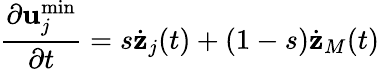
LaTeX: \frac{\partial{\mathbf u}_{j}^{\operatorname*{min}}}{\partial t}=s\dot{{\mathbf z}}_{j}(t)+(1-s)\dot{{\mathbf z}}_{M}(t)